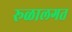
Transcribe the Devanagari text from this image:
रूळालगत